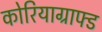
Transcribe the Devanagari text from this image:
कोरियाग्राफ्ड